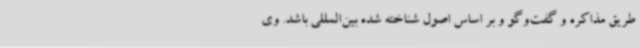
طریق مذاکره و گفت‌وگو و بر اساس اصول شناخته شده بین‌المللی باشد. وی